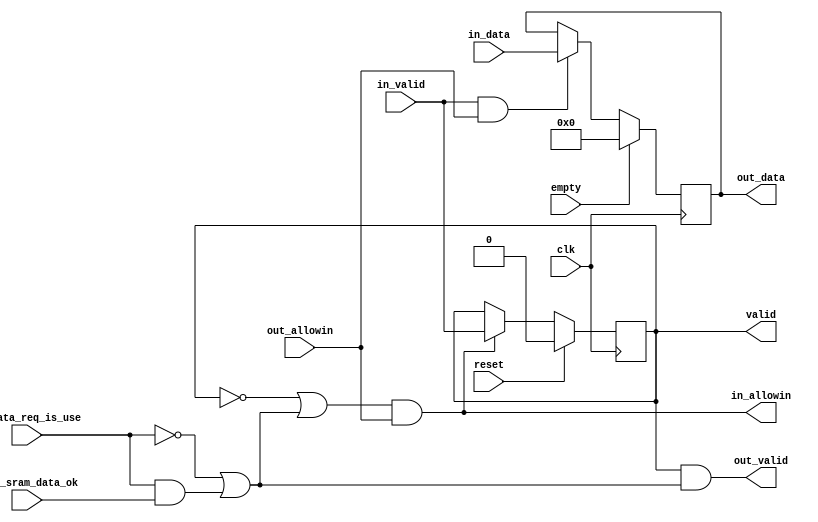
module MEM_WB_reg(
    input           clk,
    input           reset,

    input           empty,

    output          in_allowin,
    input           in_valid,//valid,1
    input   [165:0]  in_data,

    input           out_allowin,//
    output          out_valid,//valid
    output reg [165:0] out_data,

    output reg        valid,
    input             data_sram_data_ok,
    input             wb_data_req_is_use
);
wire        ready_go;//()

//assign ready_go      = data_sram_data_ok;
assign ready_go      = !wb_data_req_is_use | (wb_data_req_is_use & data_sram_data_ok);
assign in_allowin       = !valid | ready_go && out_allowin;//  
assign out_valid   = valid && ready_go;

always @(posedge clk) begin
    if(reset) begin
        valid <= 1'b0;
    end 
    else if (in_allowin) begin
        valid <= in_valid;
    end
    if (empty) begin
        out_data <= 0;
    end
    else if(in_valid && out_allowin) begin
        out_data <= in_data;
    end
end

endmodule